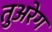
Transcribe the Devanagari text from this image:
तुअरेग